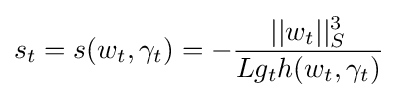
s_{t}=s(w_{t},\gamma _{t})=-{\frac {||w_{t}||_{S}^{3}}{Lg_{t}h(w_{t},\gamma _{t})}}